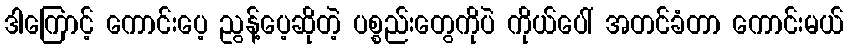
ဒါကြောင့် ကောင်းပေ့ ညွန့်ပေ့ဆိုတဲ့ ပစ္စည်းတွေကိုပဲ ကိုယ်ပေါ် အတင်ခံတာ ကောင်းမယ်